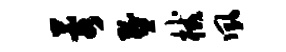
蓉燹械夙